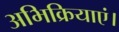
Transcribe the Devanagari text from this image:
अभिक्रियाएं।